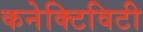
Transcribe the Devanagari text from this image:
कनेक्‍टिविटी